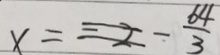
x = - \frac { 6 4 } { 3 }